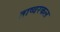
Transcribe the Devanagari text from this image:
ताष्वरकल